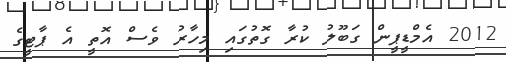
2012 އެމްޑީޕީން ގަބޫލު ކުރާ ގޮތުގައި މިހާރު ވެސް އޮތީ އެ ޕާޓީގެ